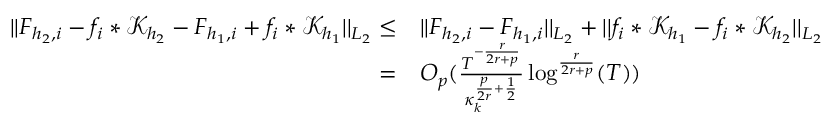
\begin{array} { r l } { \vert \vert F _ { { h _ { 2 } } , i } - f _ { i } * \mathcal { K } _ { h _ { 2 } } - F _ { { h _ { 1 } } , i } + f _ { i } * \mathcal { K } _ { h _ { 1 } } \vert \vert _ { L _ { 2 } } \le } & { \vert \vert F _ { { h _ { 2 } } , i } - F _ { { h _ { 1 } } , i } \vert \vert _ { L _ { 2 } } + \vert \vert f _ { i } * \mathcal { K } _ { h _ { 1 } } - f _ { i } * \mathcal { K } _ { h _ { 2 } } \vert \vert _ { L _ { 2 } } } \\ { = } & { O _ { p } ( \frac { T ^ { - \frac { r } { 2 r + p } } } { \kappa _ { k } ^ { \frac { p } { 2 r } + \frac { 1 } { 2 } } } \log ^ { \frac { r } { 2 r + p } } ( T ) ) } \end{array}